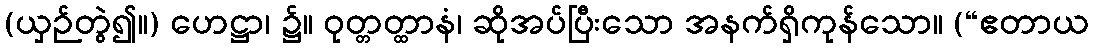
(ယှဉ်တွဲ၍။) ဟေဋ္ဌာ၊ ၌။ ဝုတ္တတ္ထာနံ၊ ဆိုအပ်ပြီးသော အနက်ရှိကုန်သော။ (“ဧတာယ